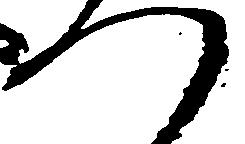
つ